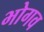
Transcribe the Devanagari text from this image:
भोगव